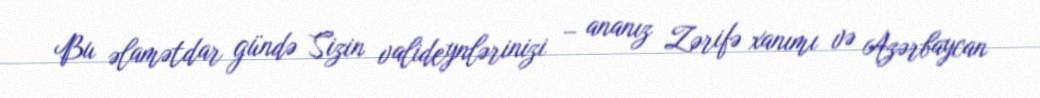
Bu əlamətdar gündə Sizin valideynlərinizi – ananız Zərifə xanımı və Azərbaycan